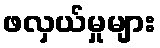
ဖလှယ်မှုများ